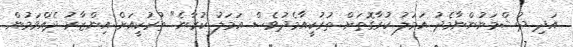
އަދި ދުޝްމަނުންނާމެދު އަމަލު ކުރާގޮތަށް ތުރުކީއާމެދުވެސް އަމަލު ކުރާނެ" ތުރުކީއަށް އިންޒާރު ދެއްވަމުން